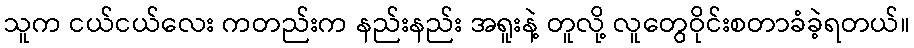
သူက ငယ်ငယ်လေး ကတည်းက နည်းနည်း အရူးနဲ့ တူလို့ လူတွေဝိုင်းစတာခံခဲ့ရတယ်။